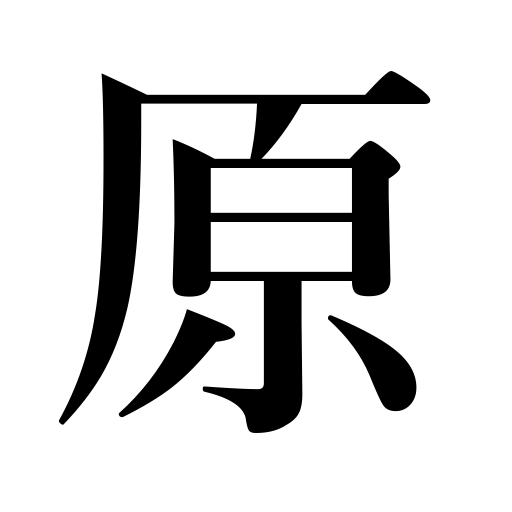
Meanings: plain,field,original,tundra,moor,prairie,primitive,wilderness